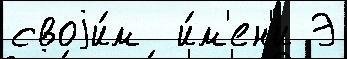
своjи́м  и́м'ен'и Э